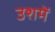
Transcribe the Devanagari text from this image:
उशमें